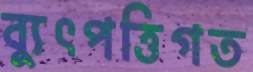
ব্যুৎপত্তিগত